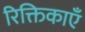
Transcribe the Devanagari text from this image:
रिक्तिकाएँ